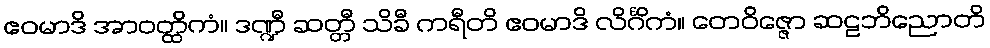
ဧဝမာဒိ အာဝတ္ထိကံ။ ဒဏ္ဍီ ဆတ္တီ သိခီ ကရီတိ ဧဝမာဒိ လိင်္ဂိကံ။ တေဝိဇ္ဇော ဆဠဘိညောတိ